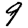
Digit: 9